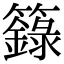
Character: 籙